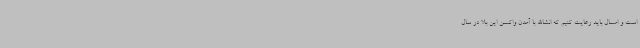
است و امسال باید رعایت کنیم که انشاالله با آمدن واکسن این بلا در سال